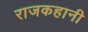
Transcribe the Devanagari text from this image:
राजकहानी